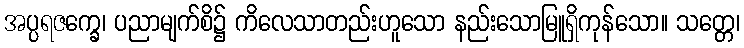
အပ္ပရဇက္ခေ၊ ပညာမျက်စိ၌ ကိလေသာတည်းဟူသော နည်းသောမြူရှိကုန်သော။ သတ္တေ၊